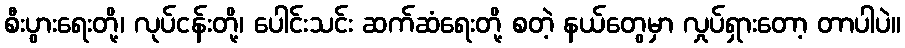
စီးပွားရေးတို့၊ လုပ်ငန်းတို့၊ ပေါင်းသင်း ဆက်ဆံရေးတို့ စတဲ့ နယ်တွေမှာ လှုပ်ရှားတော့ တာပါပဲ။